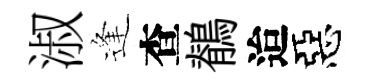
淑逢查鶺迨惡